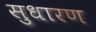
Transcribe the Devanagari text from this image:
सुधारण